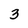
Character: 3